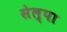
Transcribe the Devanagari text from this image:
सेल्पा